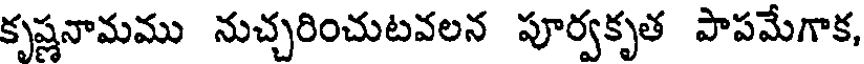
కృష్ణనామము నుచ్చరించుటవలన పూర్వకృత పాపమేగాక,